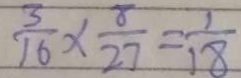
\frac { 3 } { 1 6 } \times \frac { 8 } { 2 7 } = \frac { 1 } { 1 8 }